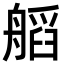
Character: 𦩹